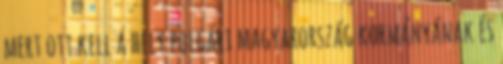
mert ott kell a hely polgári magyarország kormányának és